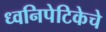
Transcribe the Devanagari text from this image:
ध्वनिपेटिकेचे